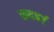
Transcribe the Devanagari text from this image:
सदबर्ग